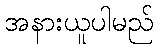
အနားယူပါမည်